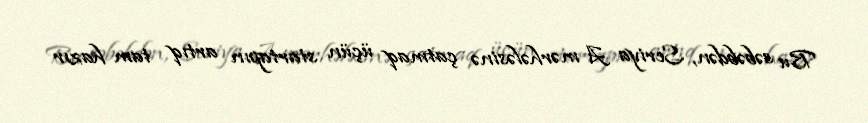
Bu səbəbdən, Seriya A mərhələsinə çatmaq üçün startapın artıq tam hazır